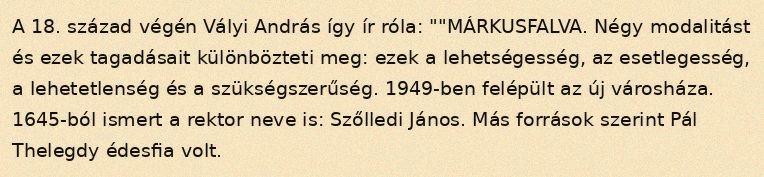
A 18. század végén Vályi András így ír róla: ""MÁRKUSFALVA. Négy modalitást és ezek tagadásait különbözteti meg: ezek a lehetségesség, az esetlegesség, a lehetetlenség és a szükségszerűség. 1949-ben felépült az új városháza. 1645-ból ismert a rektor neve is: Szőlledi János. Más források szerint Pál Thelegdy édesfia volt.